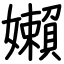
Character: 嬾